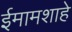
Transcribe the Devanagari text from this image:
ईमामशाहे